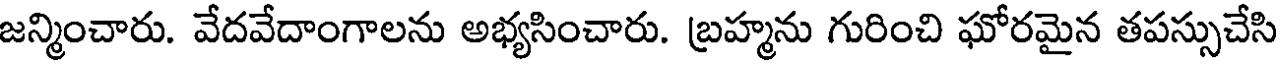
జన్మించారు. వేదవేదాంగాలను అభ్యసించారు. బ్రహ్మను గురించి ఘోరమైన తపస్సుచేసి